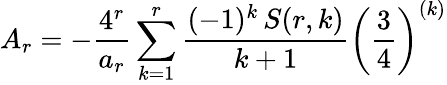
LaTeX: A_{r}=-{\frac{4^{r}}{a_{r}}}\sum_{k=1}^{r}{\frac{(-1)^{k}\, S(r,k)}{k+1}}\left({\frac{3}{4}}\right)^{(k)}